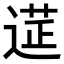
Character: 𨕇